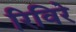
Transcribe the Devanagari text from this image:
रिविरे